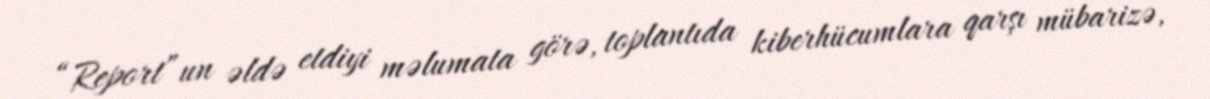
“Report”un əldə etdiyi məlumata görə, toplantıda kiberhücumlara qarşı mübarizə,